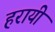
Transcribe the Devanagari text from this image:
हरायी